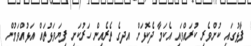
ފާޅުގައި ކުށްވެރި ކުރައްވައި އެކަމާ ދެކޮޅަށް އދގެ ތެރެއިން ހަރުކަށި ފިޔަވަޅުތައް އަޅުއްވަމުން